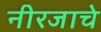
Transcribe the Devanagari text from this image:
नीरजाचे